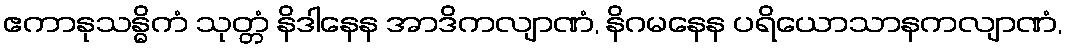
ဧကာနုသန္ဓိကံ သုတ္တံ နိဒါနေန အာဒိကလျာဏံ, နိဂမနေန ပရိယောသာနကလျာဏံ,